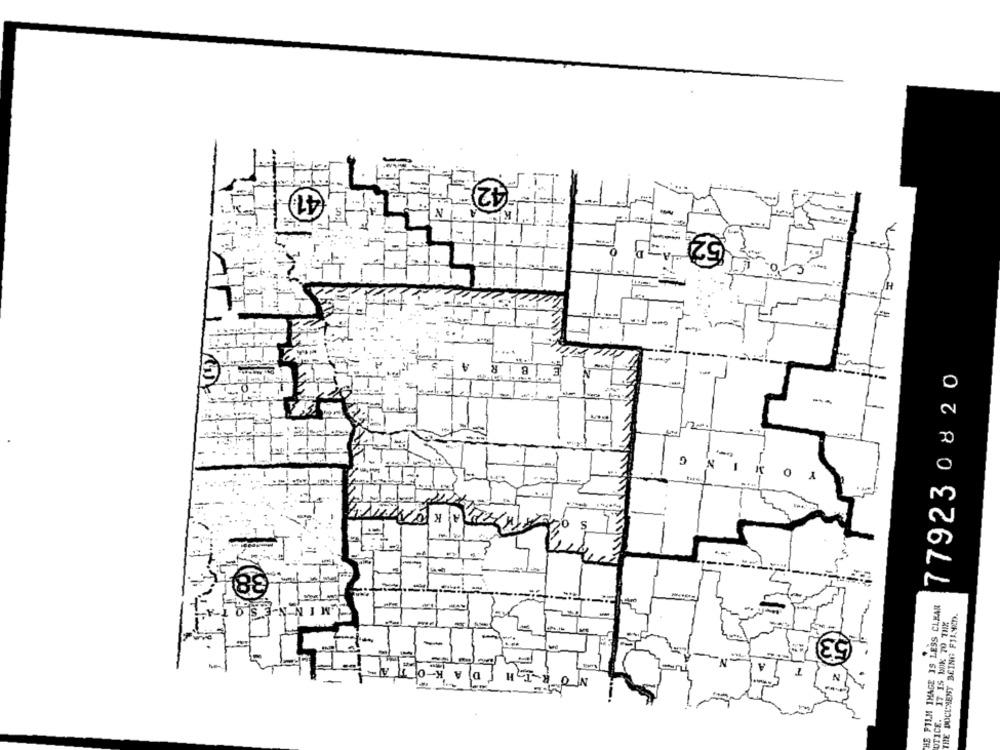
42
O
H
779230820
G
Y
15
0
38
HE FILM IMAGE IS LESS CLEAR
THE DOCUMENT BEING FILMED.
SINNIN
UTICE. IT IS WUK TO TIM
RIH
A
la